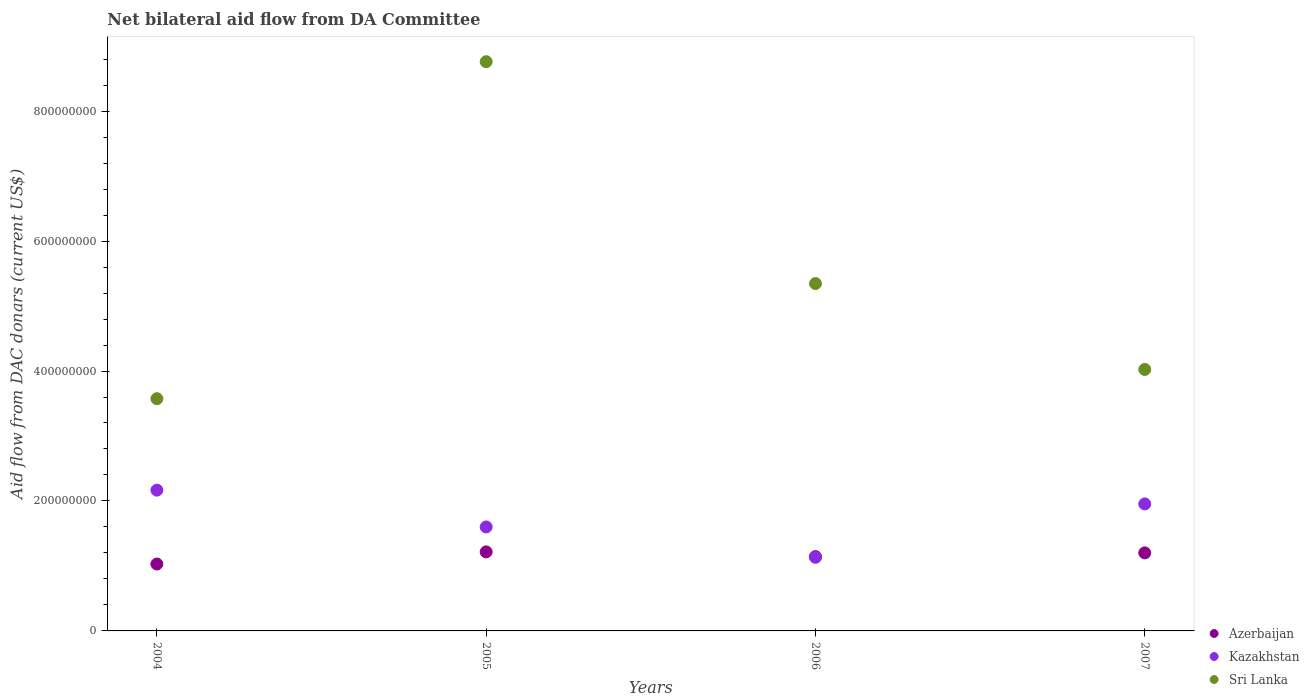
| Years | Azerbaijan | Kazakhstan | Sri Lanka |
 | --- | --- | --- | --- |
 | 2004 | 1.03e+08 | 2.17e+08 | 3.57e+08 |
 | 2005 | 1.22e+08 | 1.6e+08 | 8.76e+08 |
 | 2006 | 1.14e+08 | 1.13e+08 | 5.35e+08 |
 | 2007 | 1.2e+08 | 1.95e+08 | 4.02e+08 |